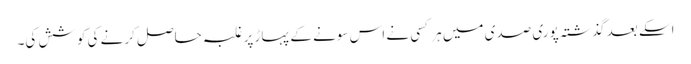
اسکے بعد گذشتہ پوری صدی میں ہر کسی نے اس سونے کے پہاڑ پر غلبہ حاصل کرنے کی کوشش کی۔